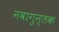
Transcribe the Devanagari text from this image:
नवागुन्तक